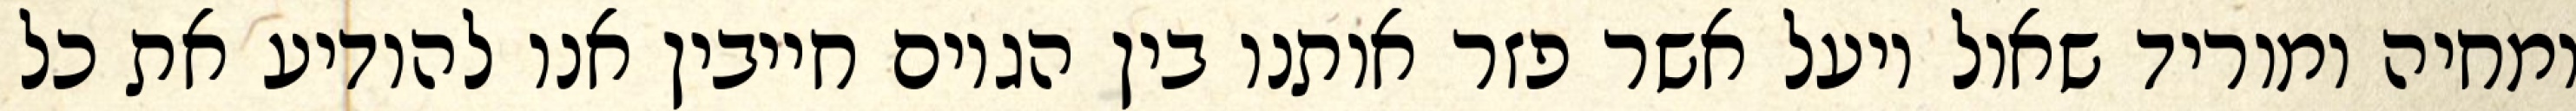
ומחיה ומוריד שאול ויעל אשר פזר אותנו בין הגוים חייבין אנו להודיע את כל